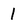
Character: 1